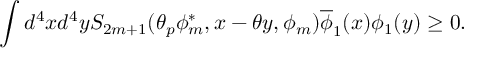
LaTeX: \int d ^ { 4 } x d ^ { 4 } y S _ { 2 m + 1 } ( \theta _ { p } \phi _ { m } ^ { \ast } , x - \theta y , \phi _ { m } ) \overline { { { \phi } } } _ { 1 } ( x ) \phi _ { 1 } ( y ) \geq 0 .